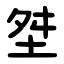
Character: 㘶